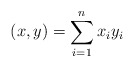
\begin{align*}(x,y) = \sum_{i=1}^{n} x_iy_i \\\end{align*}